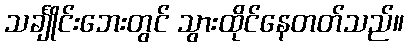
သင်္ချိုင်းဘေးတွင် သွားထိုင်နေတတ်သည်။